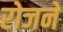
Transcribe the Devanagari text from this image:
रोजने